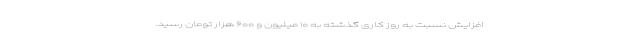
افزایش نسبت به روز کاری گذشته به ۱۰ میلیون و ۶۰۰ هزار تومان رسید.